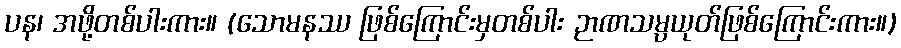
ပန၊ အဖို့တစ်ပါးကား။ (သောမနဿ ဖြစ်ကြောင်းမှတစ်ပါး ဉာဏသမ္ပယုတ်ဖြစ်ကြောင်းကား။)